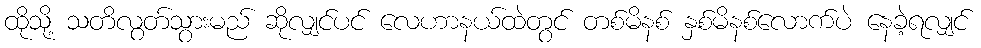
ထိုသို့ သတိလွတ်သွားမည် ဆိုလျှင်ပင် လေဟာနယ်ထဲတွင် တစ်မိနစ် နှစ်မိနစ်လောက်ပဲ နေခဲ့ရလျှင်